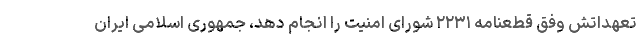
تعهداتش وفق قطعنامه ۲۲۳۱ شورای امنیت را انجام دهد، جمهوری اسلامی ایران